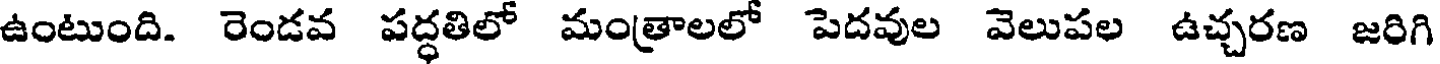
ఉంటుంది. రెండవ పద్ధతిలో మంత్రాలలో పెదవుల వెలుపల ఉచ్చరణ జరిగి